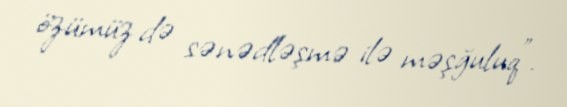
özümüz də sənədləşmə ilə məşğuluq”.